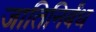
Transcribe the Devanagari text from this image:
जातिनिर्बंध